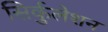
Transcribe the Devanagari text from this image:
सिर्कुलेशन